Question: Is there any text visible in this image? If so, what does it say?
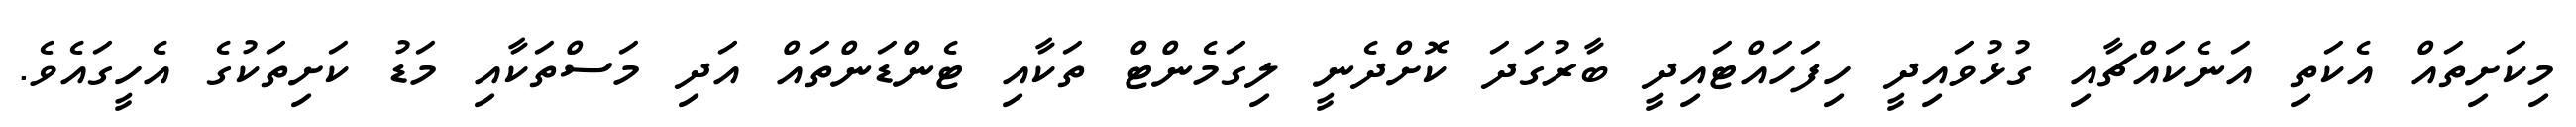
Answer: މިކަށިތައް އެކަތި އަނެކައްޗާއި ގުޅުވައިދީ ހިފަހައްޓައިދީ ބާރުގަދަ ކޮށްދެނީ ލިގަމެންޓް ތަކާއި ޓެންޑަންތައް އަދި މަސްތަކާއި މަޑު ކަށިތަކުގެ އެހީގައެވެ.